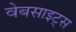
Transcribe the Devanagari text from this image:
वेबसाइट्‌स